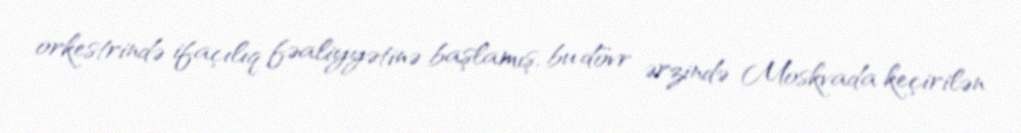
orkestrində ifaçılıq fəaliyyətinə başlamış, bu dövr ərzində Moskvada keçirilən